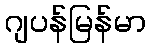
ဂျပန်မြန်မာ